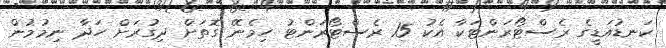
ކަނޑުއަޑީގެ ރެސްޓޯރަންޓަކާ އެކު 15 ރެސްޓޯރަންޓު ހިމެނޭ ގޮތަަށް ދިގުރަށް ހަދާ ނިމުމުން